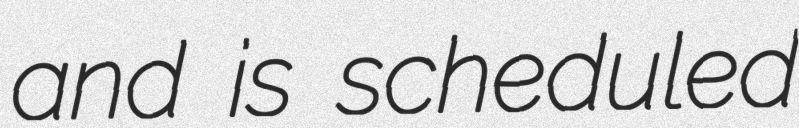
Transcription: and is scheduled